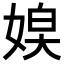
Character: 𡞃